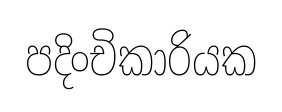
පදිංචිකාරියක